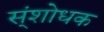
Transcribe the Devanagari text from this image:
स्ंशोधक